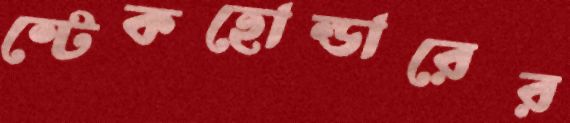
স্টেকহোল্ডারের